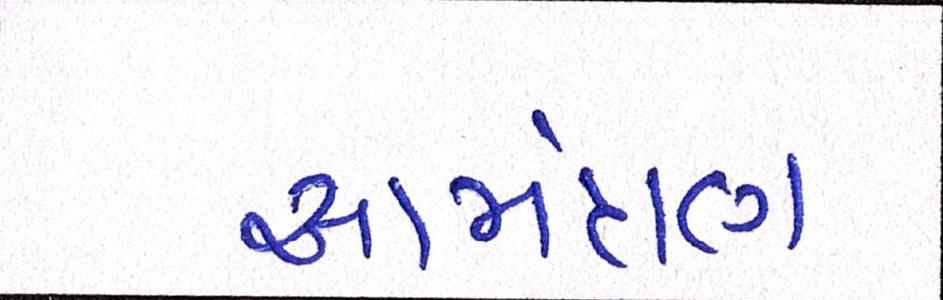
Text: આમંત્રણ